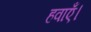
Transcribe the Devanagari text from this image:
हवाएँ।